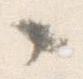
々